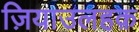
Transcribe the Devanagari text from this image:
ज़ियाउलहक़